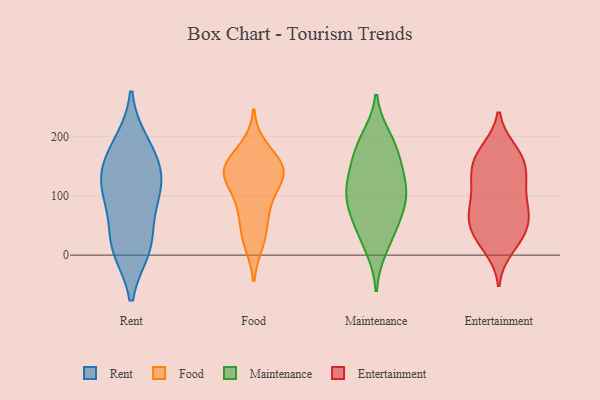
{"axis": {"x": "LTV (USD)", "y": "Value"}, "legend": ["Entertainment", "Food", "Maintenance", "Rent"], "data": [{"x": "", "y": 123, "type": "Rent"}, {"x": "", "y": 137, "type": "Rent"}, {"x": "", "y": 188, "type": "Rent"}, {"x": "", "y": 14, "type": "Rent"}, {"x": "", "y": 92, "type": "Rent"}, {"x": "", "y": 21, "type": "Rent"}, {"x": "", "y": 11, "type": "Rent"}, {"x": "", "y": 89, "type": "Rent"}, {"x": "", "y": 175, "type": "Rent"}, {"x": "", "y": 137, "type": "Rent"}, {"x": "", "y": 123, "type": "Food"}, {"x": "", "y": 144, "type": "Food"}, {"x": "", "y": 142, "type": "Food"}, {"x": "", "y": 81, "type": "Food"}, {"x": "", "y": 21, "type": "Food"}, {"x": "", "y": 148, "type": "Food"}, {"x": "", "y": 146, "type": "Food"}, {"x": "", "y": 135, "type": "Food"}, {"x": "", "y": 36, "type": "Food"}, {"x": "", "y": 79, "type": "Food"}, {"x": "", "y": 181, "type": "Food"}, {"x": "", "y": 113, "type": "Maintenance"}, {"x": "", "y": 12, "type": "Maintenance"}, {"x": "", "y": 43, "type": "Maintenance"}, {"x": "", "y": 48, "type": "Maintenance"}, {"x": "", "y": 140, "type": "Maintenance"}, {"x": "", "y": 176, "type": "Maintenance"}, {"x": "", "y": 112, "type": "Maintenance"}, {"x": "", "y": 145, "type": "Maintenance"}, {"x": "", "y": 197, "type": "Maintenance"}, {"x": "", "y": 91, "type": "Maintenance"}, {"x": "", "y": 92, "type": "Maintenance"}, {"x": "", "y": 185, "type": "Maintenance"}, {"x": "", "y": 80, "type": "Maintenance"}, {"x": "", "y": 129, "type": "Entertainment"}, {"x": "", "y": 75, "type": "Entertainment"}, {"x": "", "y": 142, "type": "Entertainment"}, {"x": "", "y": 42, "type": "Entertainment"}, {"x": "", "y": 117, "type": "Entertainment"}, {"x": "", "y": 176, "type": "Entertainment"}, {"x": "", "y": 170, "type": "Entertainment"}, {"x": "", "y": 37, "type": "Entertainment"}, {"x": "", "y": 177, "type": "Entertainment"}, {"x": "", "y": 157, "type": "Entertainment"}, {"x": "", "y": 147, "type": "Entertainment"}, {"x": "", "y": 123, "type": "Entertainment"}, {"x": "", "y": 71, "type": "Entertainment"}, {"x": "", "y": 61, "type": "Entertainment"}, {"x": "", "y": 67, "type": "Entertainment"}, {"x": "", "y": 34, "type": "Entertainment"}, {"x": "", "y": 99, "type": "Entertainment"}, {"x": "", "y": 78, "type": "Entertainment"}, {"x": "", "y": 22, "type": "Entertainment"}, {"x": "", "y": 11, "type": "Entertainment"}]}